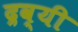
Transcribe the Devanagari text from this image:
द्रव्यी